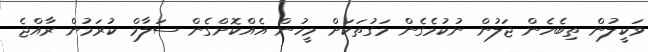
ވަކީލުން ތިބެހެން ޖަލުން ނުކުމެގެން މަގުތަކަށް މީހުން އެއްކޮށްގެން ސަލާމް ކުރަމުން ރާއްޖެ